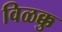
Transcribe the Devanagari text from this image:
विळक्कु